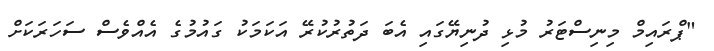
"ޕްރައިމް މިނިސްޓަރު މުޅި ދުނިޔޭގައި އެބަ ދަތުރުކުރޭ އަކަމަކު ގައުމުގެ އެއްވެސް ސަހަރަކަށް